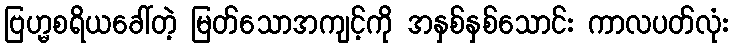
ဗြဟ္မစရိယခေါ်တဲ့ မြတ်သောအကျင့်ကို အနှစ်နှစ်သောင်း ကာလပတ်လုံး